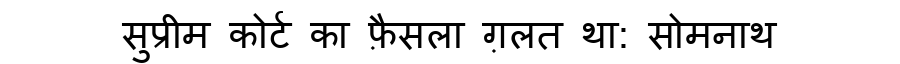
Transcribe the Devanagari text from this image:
सुप्रीम कोर्ट का फ़ैसला ग़लत था: सोमनाथ